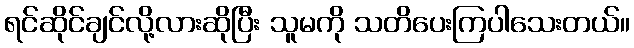
ရင်ဆိုင်ချင်လို့လားဆိုပြီး သူမကို သတိပေးကြပါသေးတယ်။